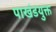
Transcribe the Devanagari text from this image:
पाखंडयुक्त